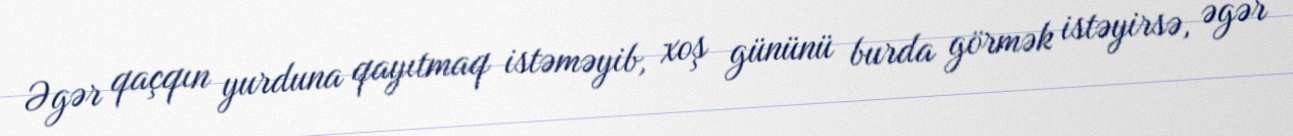
Əgər qaçqın yurduna qayıtmaq istəməyib, xoş gününü burda görmək istəyirsə, əgər